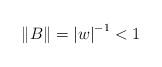
LaTeX: \begin{align*}\|B\|={|w|}^{-1}<1\end{align*}